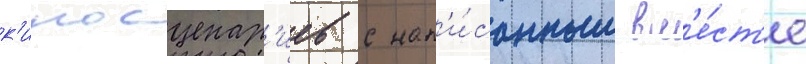
к'иносценар'иев с нап'и́санным вм'е́ст'е